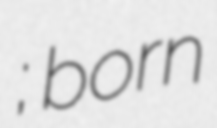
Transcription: Намсрай Баатарцогт; born